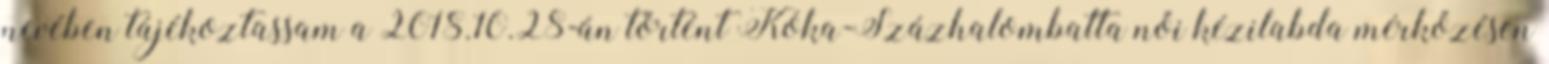
nevében tájékoztassam a 2018.10.28-án történt Kóka-Százhalombatta női kézilabda mérkőzésen